Statistical return of the lunatic asylum in Assam - 1912-1932
Year: 1912
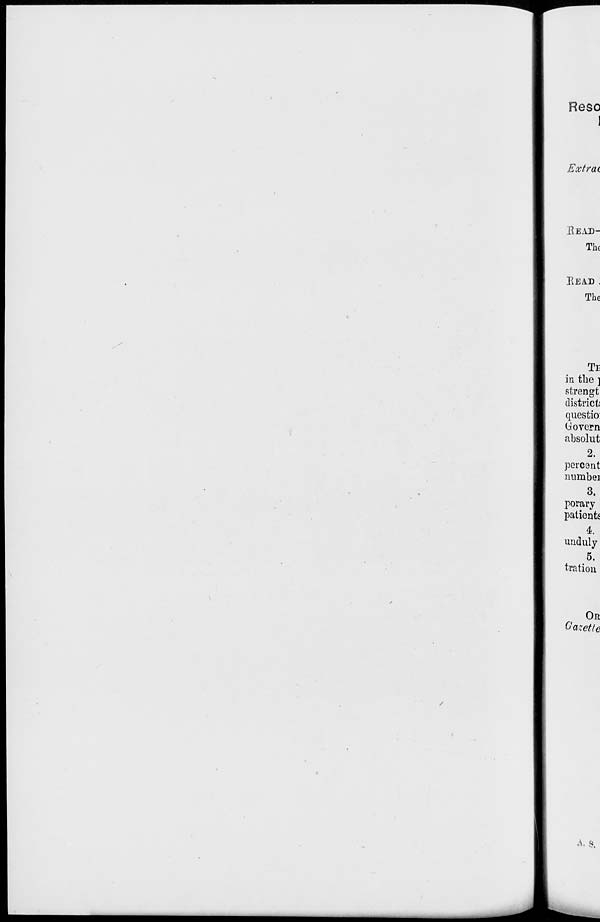
Heso
Extrac
KEAD-
The
EEAD .
The
TE
in the ]
strengt
district!
questio:
Govern
absolut
2.
percent
numbei
3.
pc-rary
patients
4.
unduly
5.
tration
OR
Gazette
A. s